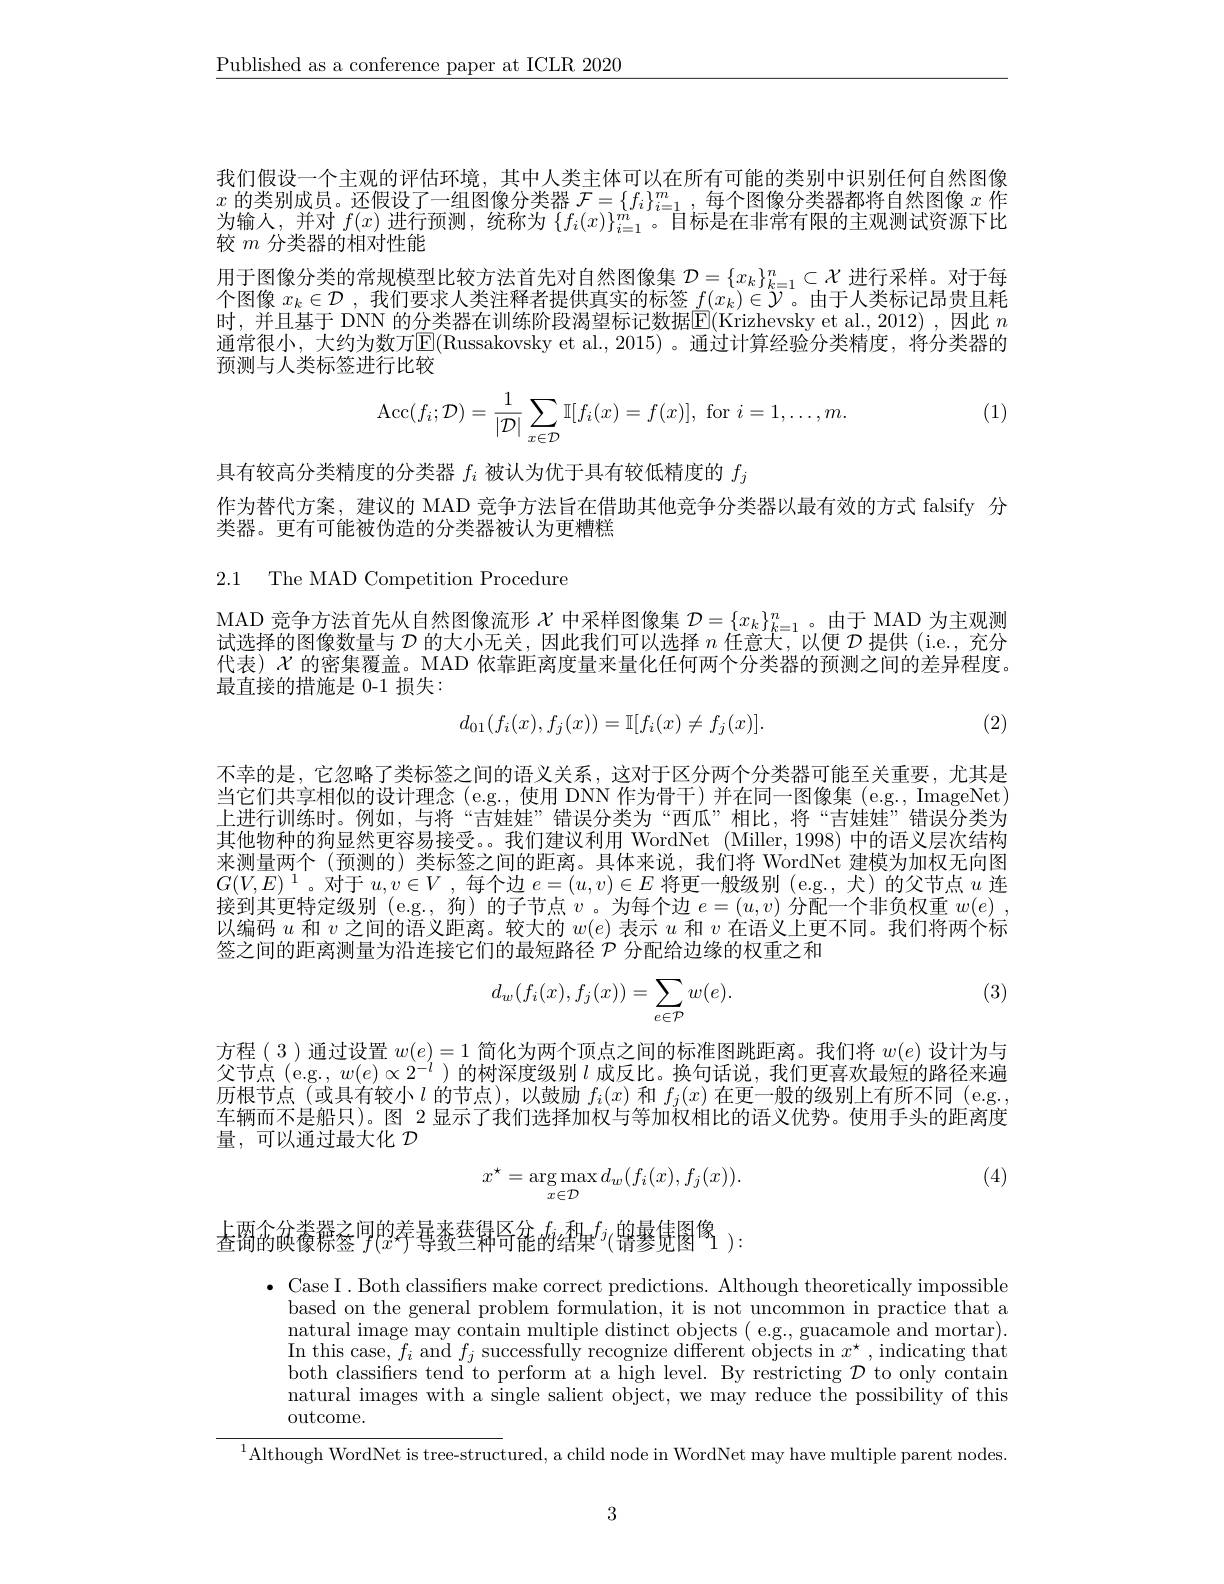
$\underline{\text{Published as a conference paper at ICLR 2020}}$

我们假设一个主观的评估环境，其中人类主体可以在所有可能的类别中识别任何自然图像$x$ 的 类 别 成 员 。还 假 设 了 一 组 图 像 分 类 器 $\mathcal{F} = \{ f_i\} _{i= 1}^m$,每 个 图 像 分 类 器 都 将 自 然 图 像 $x$ 作 为 检 $\lambda$ 并 对 $f( x)$ 进 行 函 测 统 称 为 $\{ f_n) ) ^m$日 标 目 女 世 举 右 阳 的 主 观 测 过 次 源 下 以为输入、并对 $f(x)$ 进行询测，绮称为$\{f_i(x)\}^m$。目标是在非常有限的主观测试资源下比较$m$分类器的相对性能
用于图像分类的常规模型比较方法首先对自然图像集$\mathcal{D}=\{x_k\}_{k=1}^n\subset\mathcal{X}$进行采样。对于每个图像$x_k\in\mathcal{D}$ ,我们要求人类注释者提供真实的标签$f(x_k)\in\mathcal{Y}$。由于人类标记昂贵且耗时，并且基于 DNN 的分类器在训练阶段渴望标记数据$\overline{\mathrm{E}}($Krizhevsky et al.,2012),因此 $n$ 通常很小，大约为数万$\boxed{\mathbb{E}}($Russakovsky et al.,2015)。通过计算经验分类精度，将分类器的预测与人类标签进行比较

(1)
$$\mathrm{Acc}(f_{i};\mathcal{D})=\frac{1}{|\mathcal{D}|}\sum_{x\in\mathcal{D}}\mathbb{I}[f_{i}(x)=f(x)],\mathrm{~for~}i=1,\ldots,m.$$
具有较高分类精度的分类器$f_i$被认为优于具有较低精度的$f_j$
作为替代方案，建议的 MAD 竞争方法旨在借助其他竞争分类器以最有效的方式 falsify 分
类器。更有可能被伪造的分类器被认为更糟糕

2.1 The MAD Competition Procedure

MAD 竞争方法首先从自然图像流形$\chi$中采样图像集$\mathcal{D}=\{x_k\}_{k=1}^n$。由于 MAD 为主观测试选择的图像数量与$\mathcal{D}$的大小无关，因此我们可以选择$n$任意天，以便$\mathcal{D}$提供 (i.e., 充分代表)$\chi$的密集覆盖。MAD 依靠距离度量来量化任何两个分类器的预测之间的差异程度最直接的措施是 0-1 损失：
$$d_{01}(f_i(x),f_j(x))=\mathbb{I}[f_i(x)\neq f_j(x)].$$
(2)

不幸的是，它忽略了类标签之间的语义关系，这对于区分两个分类器可能至关重要，尤其是当它们共享相似的设计理念(e.g.,使用 DNN 作为骨干)并在同一图像集 (e.g., ImageNet) 上进行训练时。例如，与将“吉娃娃”错误分类为“西瓜”相比，将“吉娃娃”错误分类为其他物种的狗显然更容易接受。我们建议利用 WordNet (Miller,1998) 中的语义层次结构来测量两个(预测的)类标签之间的距离。具体来说，我们将 WordNet 建模为加权无向图$G(V,E)^{1}$。对于$u,v\in V$ ,每个边$e=(u,v)\in E$将更一般级别 (e.g., 犬)的父节点$u$连接到其更特定级别 (e.g., 狗) 的子节点$v$。为每个边$e=(u,v)$分配一个非负权重$w( e)$ , 以编码$u$和$v$之间的语义距离。较大的$w(e)$表示$u$和$v$在语义上更不同。我们将两个标签之间的距离测量为沿连接它们的最短路径$\mathcal{P}$分配给边缘的权重之和

(3)
$$d_w(f_i(x),f_j(x))=\sum_{e\in\mathcal{P}}w(e).$$
方程(3)通过设置$w(e)=1$简化为两个顶点之间的标准图跳距离。我们将$w(e)$设计为与父节点(e.g.,$w(e)\propto2^-l$ )的树深度级别$l$成反比。换句话说，我们更喜欢最短的路径来遍历根节点(或具有较小$l$的节点),以鼓励$f_i(x)$和$f_j(x)$在更一般的级别上有所不同 (e.g. 车辆而不是船只)。图 2 显示了我们选择加权与等加权相比的语义优势。使用手头的距离度量，可以通过最大化$\mathcal{D}$

(4)
$$x^{\star}=\arg\max_{x\in\mathcal{D}}d_{w}(f_{i}(x),f_{j}(x)).$$
 查 $\text{爾 的 碘 養 }^{\text{间 的 差 }}f( x^{\text{寿 蚕 埜 幂 肾 龕 的 }f_{i}\text{犁 果 }^{f_{j}}( \text{ 镥 曇 倢 图 }^{\text{像 }}1) : }$

$\bullet$ Case I. Both classifiers make correct predictions. Although theoretically impossible
based on the general problem formulation, it is not uncommon in practice that a natural image may contain multiple distinct objects( e.g., guacamole and mortar). $\operatorname{In}$ this case, $f_i$ and $f_j$ successfully recognize different objects in $x^\star$, indicating that both classifiers tend to perform at a high level. By restricting $\mathcal{D}$ to only contain natural images with a single salient object, we may reduce the possibility of this $\operatorname{outcome}.$
$^{1}$Although WordNet is tree-structured, a child node in WordNet may have multiple parent nodes.

3